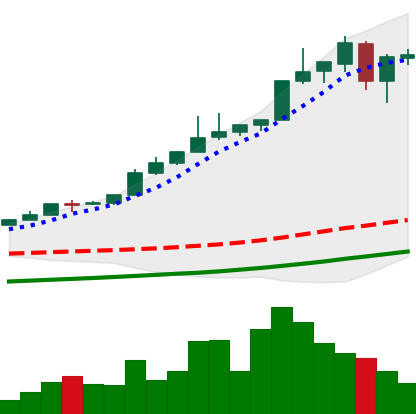
Ticker: BTC-USD
Chart end date: 2017-05-14
Forward return: 9.884%
Label: up_7plus